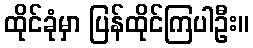
ထိုင်ခုံမှာ ပြန်ထိုင်ကြပါဦး။